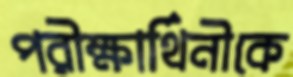
পরীক্ষার্থিনীকে